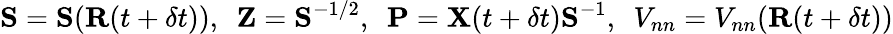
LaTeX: {\mathbf S}={\mathbf S}({\mathbf R}(t+\delta t)),~~{\mathbf Z}={\mathbf S}^{-1/2},~~{\mathbf P}={\mathbf X}(t+\delta t){\mathbf S}^{-1},~~V_{nn}=V_{nn}({\mathbf R}(t+\delta t))